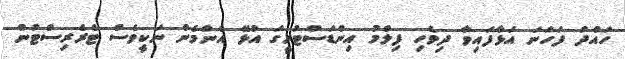
ހައްދު ފަހަނަ އަޅާފައިވާ ދިވެހި ފިލްމު އިންޑަަސްޓުރީގަ އުޅޭ އެންމެން ނަކީވެސް ޓެރެެރިސްޓުން